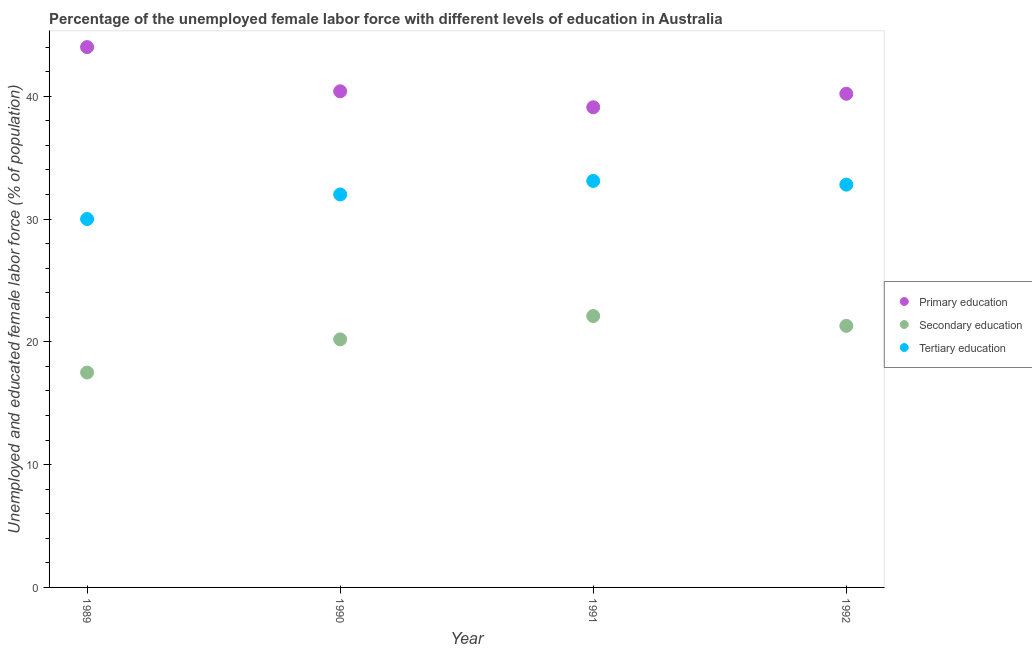
| Year | Primary education | Secondary education | Tertiary education |
 | --- | --- | --- | --- |
 | 1989 | 44 | 17.5 | 30 |
 | 1990 | 40.4 | 20.2 | 32 |
 | 1991 | 39.1 | 22.1 | 33.1 |
 | 1992 | 40.2 | 21.3 | 32.8 |